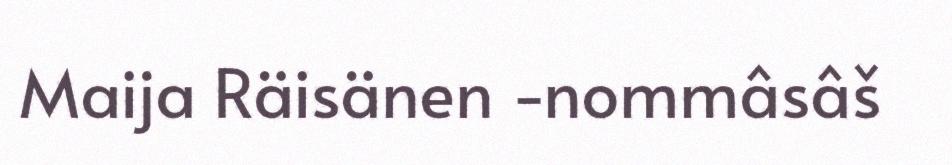
Maija Räisänen ‑nommâsâš